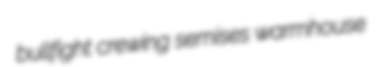
bullfight crewing semises warmhouse